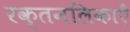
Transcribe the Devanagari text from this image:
रक्तनलिकाएँ